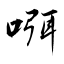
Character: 咡